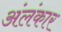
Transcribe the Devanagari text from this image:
अंलंकार